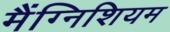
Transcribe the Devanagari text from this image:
मैंग्निशियम